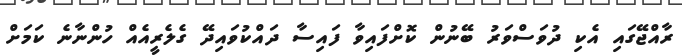
ރާއްޖޭގައި އެކި ދުވަސްވަރު ބޭނުން ކޮށްފައިވާ ފައިސާ ދައްކުވައިދޭ ގެލެރީއެއް ހުންނާނެ ކަމަށް